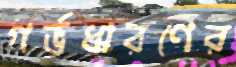
গর্ভধারণের